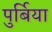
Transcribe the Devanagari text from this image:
पुर्बिया